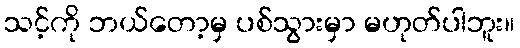
သင့်ကို ဘယ်တော့မှ ပစ်သွားမှာ မဟုတ်ပါဘူး။